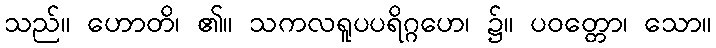
သည်။ ဟောတိ၊ ၏။ သကလရူပပရိဂ္ဂဟေ၊ ၌။ ပဝတ္တော၊ သော။